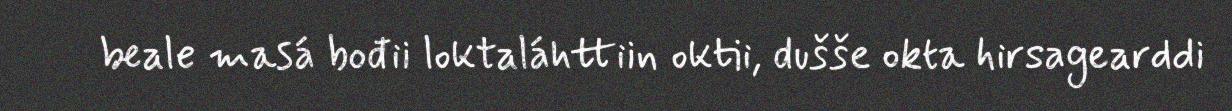
beale masá bođii loktaláhttiin oktii, dušše okta hirsagearddi